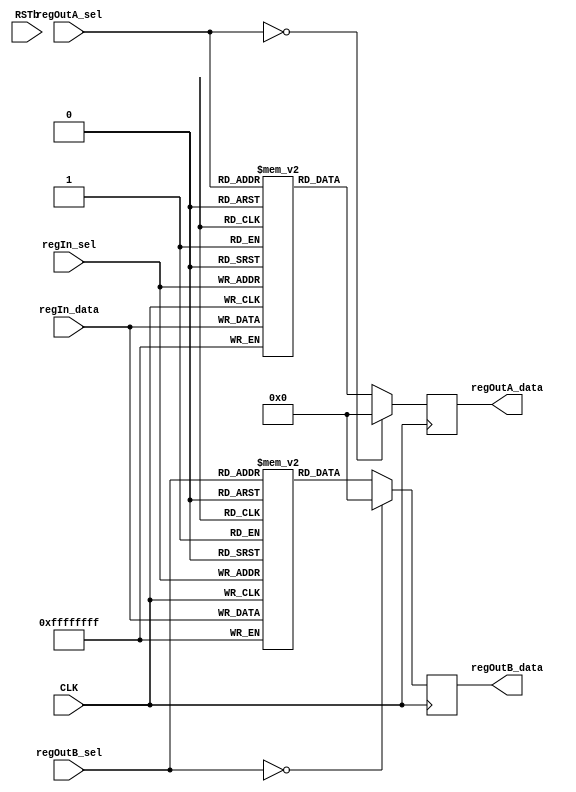
/*
 *	(C) 2022 J. R. Sharp
 *
 * 	See LICENSE for software license details
 *
 *	SLURM32 registers
 *
 */

module slurm32_cpu_registers
#(parameter REG_BITS = 8 /* default 2**8 = 256 registers */, parameter BITS = 32 /* default 32 bits */)
(
	input CLK,
	input RSTb,
	input [REG_BITS - 1 : 0] regIn_sel,
	input [REG_BITS - 1 : 0] regOutA_sel,
	input [REG_BITS - 1 : 0] regOutB_sel,	
	output [BITS - 1 : 0] regOutA_data,
	output [BITS - 1 : 0] regOutB_data,
	input  [BITS - 1 : 0] regIn_data
);

reg [BITS - 1: 0] outA;
reg [BITS - 1: 0] outB;

assign regOutA_data = outA;
assign regOutB_data = outB;

reg [BITS - 1: 0] regFileA [2**REG_BITS - 1 : 0];
reg [BITS - 1: 0] regFileB [2**REG_BITS - 1 : 0];

always @(posedge CLK)
begin
	regFileA[regIn_sel] <= regIn_data;
	regFileB[regIn_sel] <= regIn_data;

	if (regOutA_sel == 4'd0)
		outA <= 16'h0;
	else
		outA <= regFileA[regOutA_sel];

	if (regOutB_sel == 4'd0)
		outB <= 16'h0;	
	else
		outB <= regFileB[regOutB_sel];
	end
endmodule